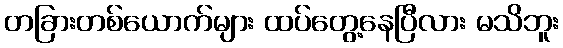
တခြားတစ်ယောက်များ ထပ်တွေ့နေပြီလား မသိဘူး